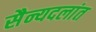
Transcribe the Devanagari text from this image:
सैन्यदलांत